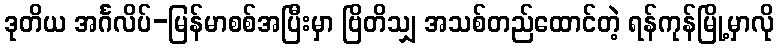
ဒုတိယ အင်္ဂလိပ်-မြန်မာစစ်အပြီးမှာ ဗြိတိသျှ အသစ်တည်ထောင်တဲ့ ရန်ကုန်မြို့မှာလို